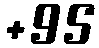
+95